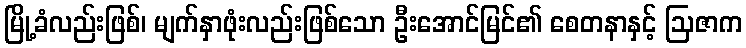
မြို့ခံလည်းဖြစ်၊ မျက်နှာဖုံးလည်းဖြစ်သော ဦးအောင်မြင်၏ စေတနာနှင့် ဩဇာက